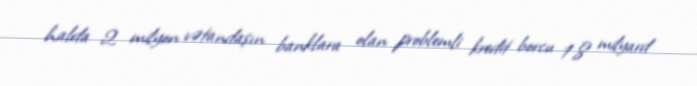
halda 2 milyon vətandaşın banklara olan problemli kredit borcu 1.8 milyard